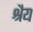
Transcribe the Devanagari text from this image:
श्रैय